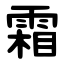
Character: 霜